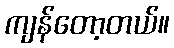
ကျန်တော့တယ်။